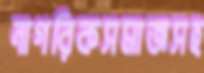
নাগরিকসমাজসহ